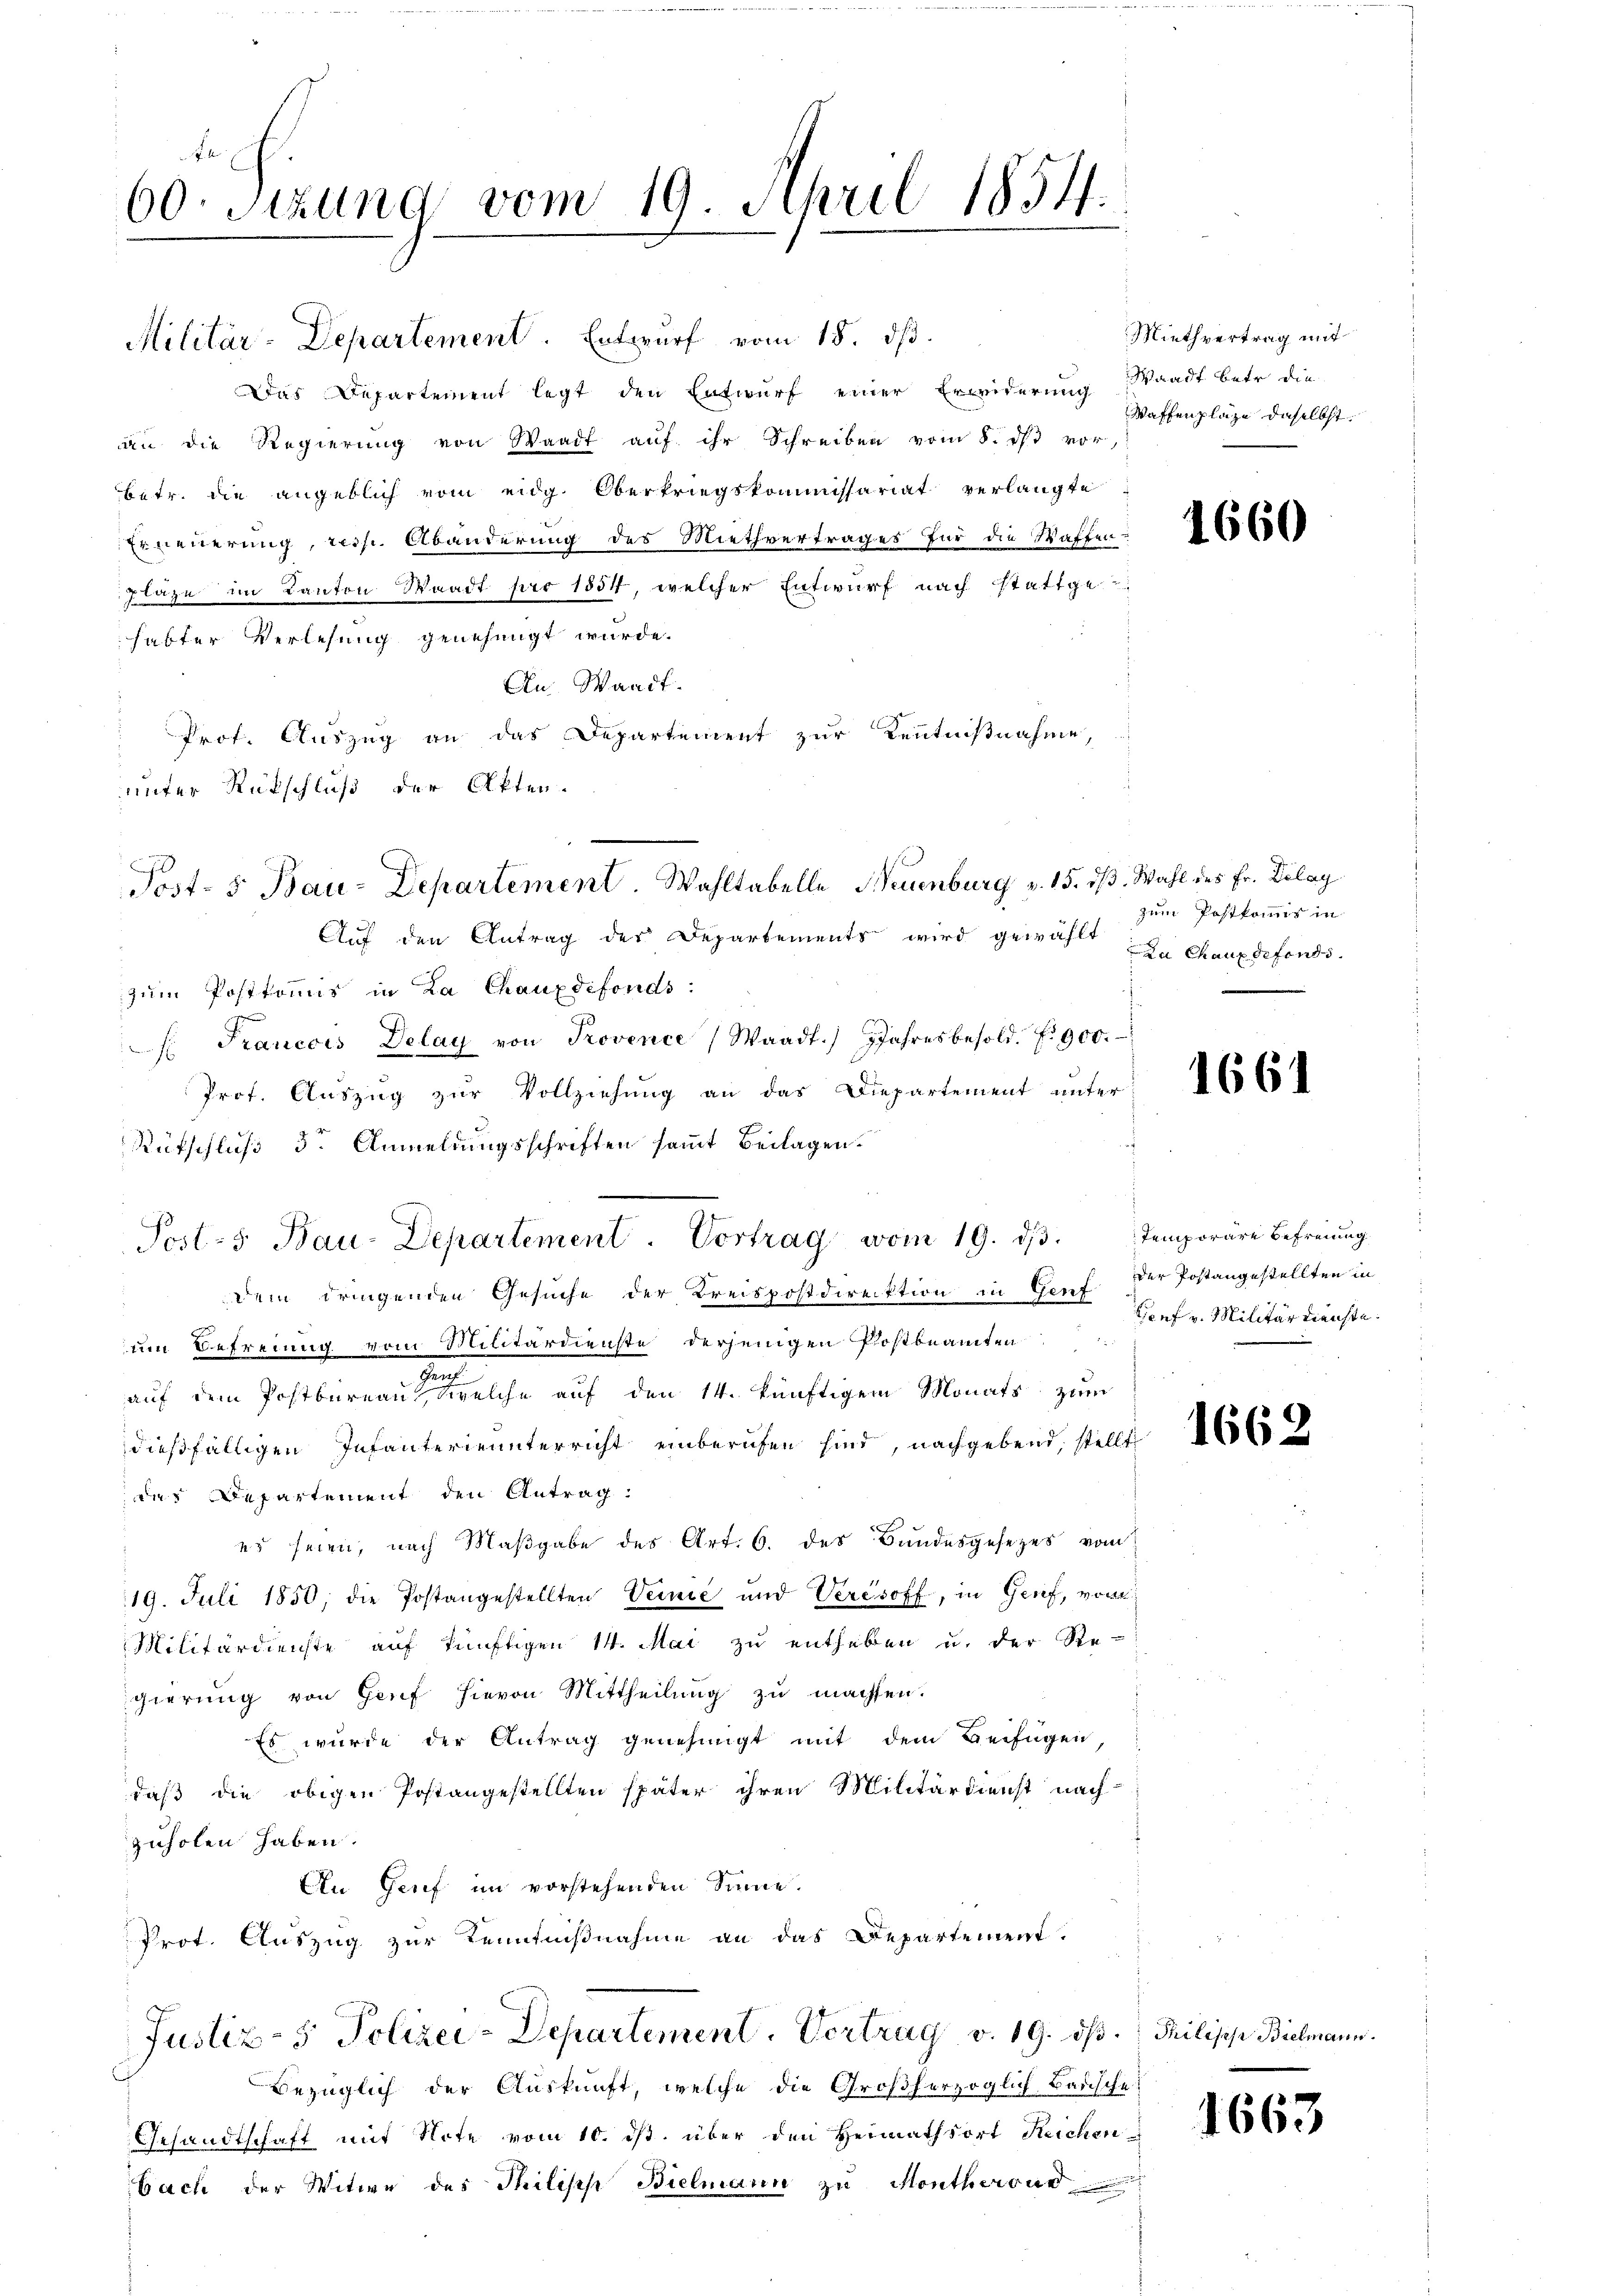
60. Sitzung vom 19. April 1854.

Militär-Departement. Entwurf vom 18. ds.
Das Departement legt den Entwurf einer Erwiderung Waadt betr. die
an die Regierung von Waadt aŭf ihr Schreiben vom 8. ds vor,
betr. die angeblich vom eidg. Oberkriegskommissariat verlangte
Erneuerung, resp. Abänderung des Miethvertrages für die Waffenplaze im Kanton Waadt für 1854, welcher Entwurf nach stattge
habter Verlesung genehmigt wurde.
An Waadt.
Prof. Auszug an das Departement zur Kenntnißnahme,
unter Rückschluß der Akten.
Auf den Antrag der Departements wird gewählt zu Chauxdefonds.
zum Posttonis in La Chauxdefonds:
: Francois Delay von Provence (Waadt.) Jahresbesold. f. 900.
Prof. Auszug zur Vollziehung an das Diepartement unter
Rütschluß der Anmeldungsschriften sammt Beilagen.
Dem dringenden Gesuche der Kreispostdirektion in Genf Brief v. Militärdienste.
um Befreiung vom Militärdienste derjenigen Postbeamten
u
auf dem Postbureau, welche auf den 14. künftigem Monats zum
dießfälligen Infanterneunterricht einberufen sind, nachgebend, stellt
der Departement den Antrag:
er seien, nach Maßgabe des Art. 6. des Bundesgesezes vom
19. Juli 1850, die Postangestellten Vernie und Veresoff, in Genf, von
Militärdienste auf künftigen 14. Mai zu entheben u. der Re-
gierung von Genf hievon Mittheilung zu machten.
Es wurde der Antrag genehmigt mit dem Beifügen
daß die obigen Postangestellten später ihren Militärdienst nach
zuholen haben.
An Genf im vorstehenden Sinne.
Prot. Auszug zur Kenntnißnahme an das Departement.
Justiz- & Polizei-Departement. Vertrag v. 19. dß. Philische Bielmann.
Bezüglich der Auskunft, welche die Großherzoglich Basische
Gesandtschaft mit Note vom 10. ds. über den Heimathsort Reichen
bach der Witwe des Philisch Bielmann zu Montherous

Post- 5. Bau-Departement. Wahltabelle Neuenburg v. 15. ds. Wahl des Fr. Dilag

Post-5 Bau-Departement. Vortrag vom 19. ds. Temporäre Befreiung

Miethvertrag mit
Waffenplaze daselbst.

1660

zum Postkommis in

1661

der Postangestellten in

166.

1663